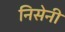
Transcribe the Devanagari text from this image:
निसेनी